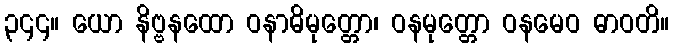
၃၄၄။ ယော နိဗ္ဗနထော ဝနာဓိမုတ္တော၊ ဝနမုတ္တော ဝနမေဝ ဓာဝတိ။